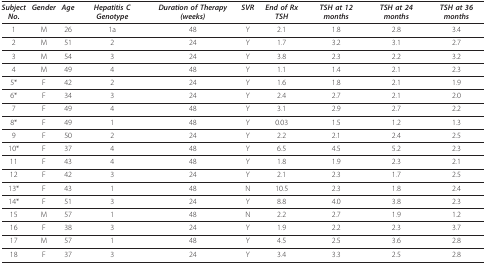
<table><thead><tr><td><b><i>Subject</i><i>No</i>.</b></td><td><b><i>Gender</i></b></td><td><b><i>Age</i></b></td><td><b><i>Hepatitis C Genotype</i></b></td><td><b><i>Duration of Therapy (weeks)</i></b></td><td><b><i>SVR</i></b></td><td><b><i>End of Rx TSH</i></b></td><td><b><i>TSH at 12 months</i></b></td><td><b><i>TSH at 24 months</i></b></td><td><b><i>TSH at 36 months</i></b></td></tr></thead><tbody><tr><td>1</td><td>M</td><td>26</td><td>1a</td><td>48</td><td>Y</td><td>2.1</td><td>1.8</td><td>2.8</td><td>3.4</td></tr><tr><td>2</td><td>M</td><td>51</td><td>2</td><td>24</td><td>Y</td><td>1.7</td><td>3.2</td><td>3.1</td><td>2.7</td></tr><tr><td>3</td><td>M</td><td>54</td><td>3</td><td>24</td><td>Y</td><td>3.8</td><td>2.3</td><td>2.2</td><td>3.2</td></tr><tr><td>4</td><td>M</td><td>49</td><td>4</td><td>48</td><td>Y</td><td>1.1</td><td>1.4</td><td>2.1</td><td>2.3</td></tr><tr><td>5*</td><td>F</td><td>42</td><td>2</td><td>24</td><td>Y</td><td>1.6</td><td>1.8</td><td>2.1</td><td>1.9</td></tr><tr><td>6*</td><td>F</td><td>34</td><td>3</td><td>24</td><td>Y</td><td>2.4</td><td>2.7</td><td>2.1</td><td>2.0</td></tr><tr><td>7</td><td>F</td><td>49</td><td>4</td><td>48</td><td>Y</td><td>3.1</td><td>2.9</td><td>2.7</td><td>2.2</td></tr><tr><td>8*</td><td>F</td><td>49</td><td>1</td><td>48</td><td>Y</td><td>0.03</td><td>1.5</td><td>1.2</td><td>1.3</td></tr><tr><td>9</td><td>F</td><td>50</td><td>2</td><td>24</td><td>Y</td><td>2.2</td><td>2.1</td><td>2.4</td><td>2.5</td></tr><tr><td>10*</td><td>F</td><td>37</td><td>4</td><td>48</td><td>Y</td><td>6.5</td><td>4.5</td><td>5.2</td><td>2.3</td></tr><tr><td>11</td><td>F</td><td>43</td><td>4</td><td>48</td><td>Y</td><td>1.8</td><td>1.9</td><td>2.3</td><td>2.1</td></tr><tr><td>12</td><td>F</td><td>42</td><td>3</td><td>24</td><td>Y</td><td>2.1</td><td>2.3</td><td>1.7</td><td>2.5</td></tr><tr><td>13*</td><td>F</td><td>43</td><td>1</td><td>48</td><td>N</td><td>10.5</td><td>2.3</td><td>1.8</td><td>2.4</td></tr><tr><td>14*</td><td>F</td><td>51</td><td>3</td><td>24</td><td>Y</td><td>8.8</td><td>4.0</td><td>3.8</td><td>2.3</td></tr><tr><td>15</td><td>M</td><td>57</td><td>1</td><td>48</td><td>N</td><td>2.2</td><td>2.7</td><td>1.9</td><td>1.2</td></tr><tr><td>16</td><td>F</td><td>38</td><td>3</td><td>24</td><td>Y</td><td>1.9</td><td>2.2</td><td>2.3</td><td>3.7</td></tr><tr><td>17</td><td>M</td><td>57</td><td>1</td><td>48</td><td>Y</td><td>4.5</td><td>2.5</td><td>3.6</td><td>2.8</td></tr><tr><td>18</td><td>F</td><td>37</td><td>3</td><td>24</td><td>Y</td><td>3.4</td><td>3.3</td><td>2.5</td><td>2.8</td></tr></tbody></table>